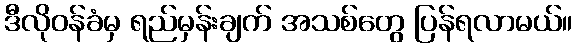
ဒီလိုဝန်ခံမှ ရည်မှန်းချက် အသစ်တွေ ပြန်ရလာမယ်။